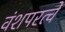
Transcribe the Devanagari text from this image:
वंशपरत्वे